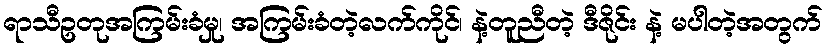
ရာသီဥတုအကြမ်းခံမှု၊ အကြမ်းခံတဲ့လက်ကိုင်၊ နဲ့တူညီတဲ့ ဒီဇိုင်း နဲ့ မပါတဲ့အတွက်